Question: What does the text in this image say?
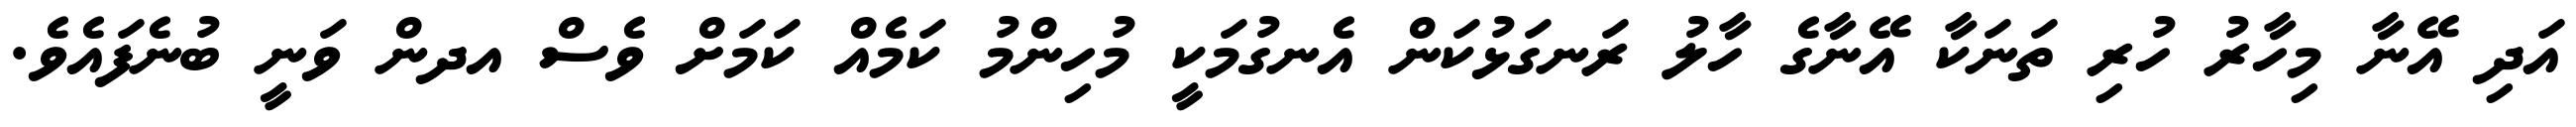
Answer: އަދި އޭނާ މިހާރު ހުރި ތަނަކާ އޭނާގެ ހާލު ރަނގަޅުކަން އެނގުމަކީ މުހިންމު ކަމެއް ކަމަށް ވެސް އދން ވަނީ ބުނެފައެވެ.